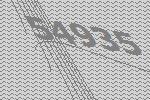
54935